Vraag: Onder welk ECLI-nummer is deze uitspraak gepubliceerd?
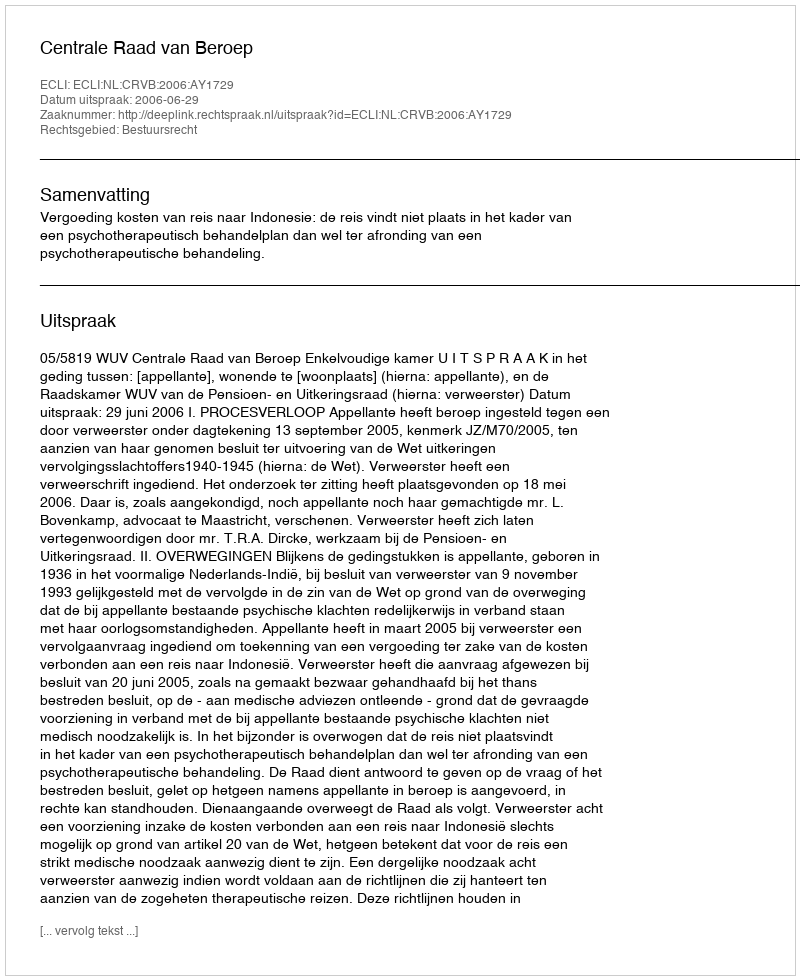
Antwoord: ECLI:NL:CRVB:2006:AY1729